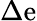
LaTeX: \Delta\mathrm{e}